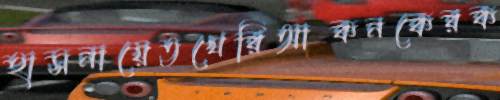
হাসনায়েতখেরিআকনকেরক